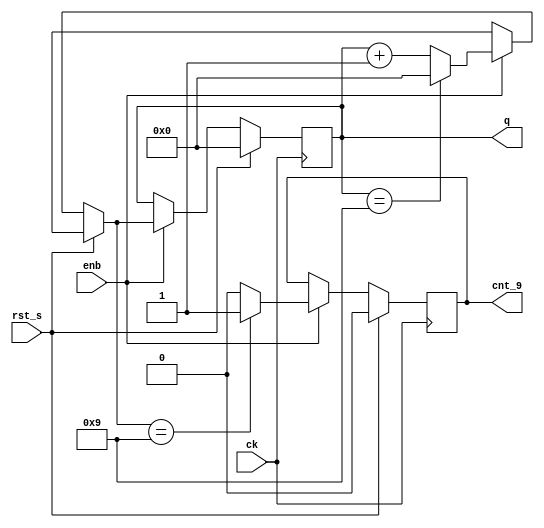
`timescale 1 ns/100 ps

module bcd_counter( input ck,
					input enb,
					input rst_s,
					output reg [3:0] q,
					output reg cnt_9);
	initial begin
		q = 0;
		cnt_9 = 0;
	end
	always @(posedge ck) begin
		if (rst_s) begin
			q = 0;
			cnt_9 = 1'b0;
		end else if (enb) begin
			// Count from 0 to 9
			if (q == 9) begin
				q = 0;
			end else begin
				q++;
			end
		cnt_9 = (q == 9)? 1'b1 : 1'b0;
		end
	end
endmodule